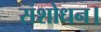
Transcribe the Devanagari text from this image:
संशोधन।